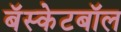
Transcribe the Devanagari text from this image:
बॅस्केटबॉल